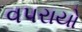
વપરાયો